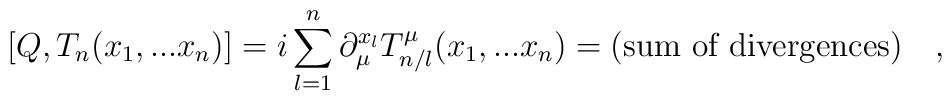
[Q,T_n(x_1,...x_n)] = i \sum_{l=1}^{n} \partial_\mu^{x_l} T_{n/l}^{\mu}(x_1,...x_n) = (\hbox{\rm sum of divergences}) \quad ,